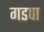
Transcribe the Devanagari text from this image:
गडपा